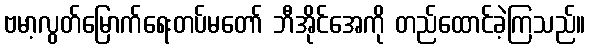
ဗမာ့လွတ်မြောက်ရေးတပ်မတော် ဘီအိုင်အေကို တည်ထောင်ခဲ့ကြသည်။